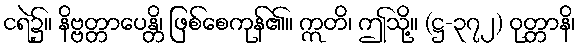
ငရဲ၌။ နိဗ္ဗတ္တာပေန္တိ၊ ဖြစ်စေကုန်၏။ ဣတိ၊ ဤသို့။ (ဋ္ဌ-၃၇၂) ဝုတ္တာနိ၊